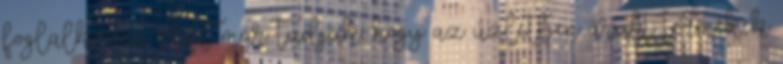
foglalkozni. Azt már tudjuk, hogy az üzletben árult termékek